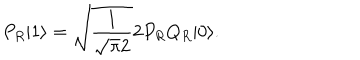
P _ { R } | 1 \rangle = \sqrt { \frac { 1 } { \sqrt { \pi } 2 } } 2 P _ { R } Q _ { R } | 0 \rangle .